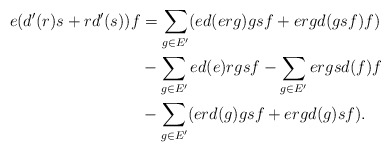
\begin{align*} e(d'(r)s+rd'(s))f&=\sum_{g\in E'}(ed(erg)gsf+ergd(gsf)f)\\ &-\sum_{g\in E'}ed(e)rgsf-\sum_{g\in E'}ergsd(f)f\\ &-\sum_{g\in E'}(erd(g)gsf+ergd(g)sf). \end{align*}